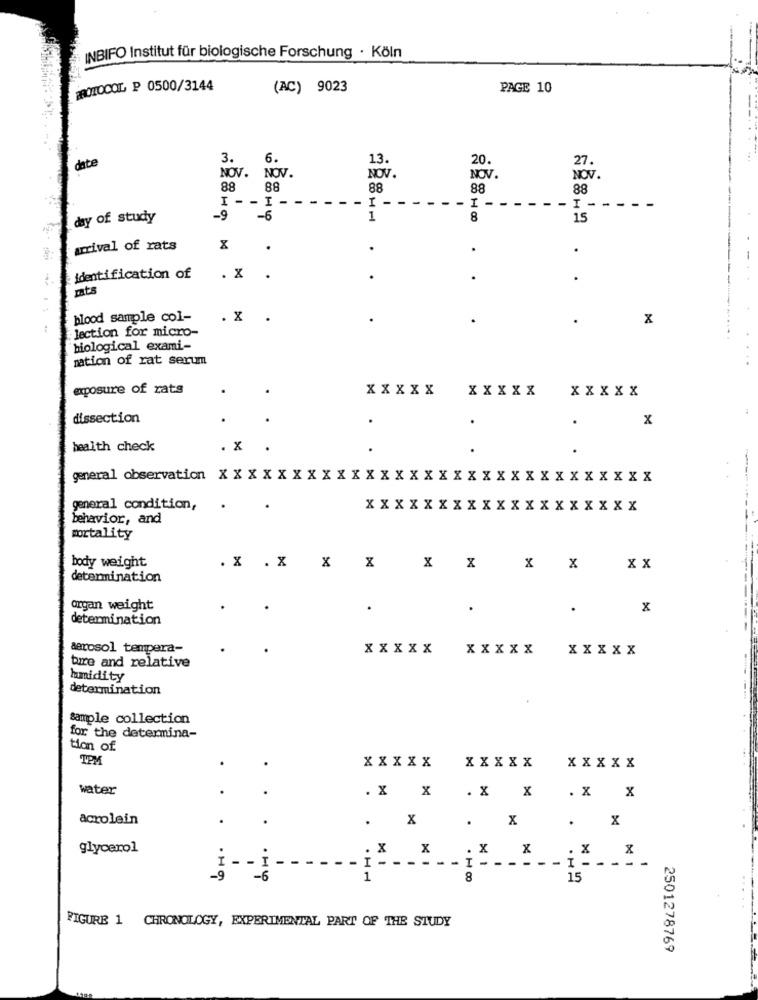
INBIFO Institut für biologische Forschung · Köln
PROTOCOL P 0500/3144
(AC) 9023
PAGE 10
3.
6.
13.
20.
27.
date
NOV.
NOV.
NOV.
NOV.
NOV.
88
88
88
88
88
I -- I ------ I -
-I ----.
-I -----
day of study
-9
-6
1
8
15
arrival of rats
.
.
.
identification of
. X
.
pats
blood sample col-
.X .
lection for micro-
biological exami-
mation of rat serum
exposure of rats
XXXXX
XXXXX
XXXXX
dissection
.
.
x
.
health check
. X
general observation X X X X X X XXXXXXXXXXXXXXXXXXXXXXXX
general condition,
XXXXXXXXXXXXXXXXXXX
behavior, and
mortality
body weight
. X . X X X X X
X X
xx
determination
organ weight
.
.
x
determination
aerosol tempera-
XXXXX
XXXXX
XXXXX
bire and relative
humidity
determination
sample collection
for the determina-
tion of
TPM
XXXXX
XXXXX
XXXXX
water
. XX
. X X
. X X
acrolein
. X
. X
. X
glycerol
. X
x
. X
-
I - - I ---...
-9
:*- -*-- İ- - - - - - İ .....
8
15
FIGURE 1 CHRONOLOGY, EXPERIMENTAL PART OF THE STUDY
2501278769